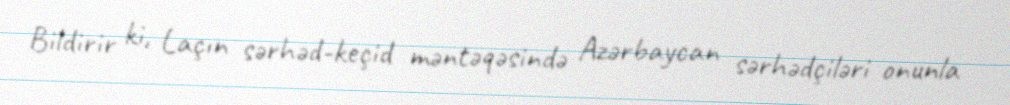
Bildirir ki, Laçın sərhəd-keçid məntəqəsində Azərbaycan sərhədçiləri onunla